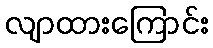
လျာထားကြောင်း